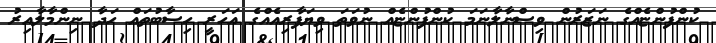
ކުންފުންޏެއްގެ ނަޒަރުން ވިސްނާލާނަމަ ކުންފުންޏެއް ނުވަތަ ވިޔަފާރިއެއްގެ އަހަރީ ހިސާބުތައް ހަދާ ނިންމާލާއިރު